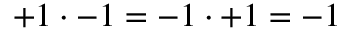
+ 1 \cdot - 1 = - 1 \cdot + 1 = - 1